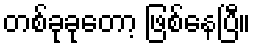
တစ်ခုခုတော့ ဖြစ်နေပြီ။